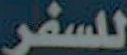
للسفر